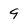
Character: 9